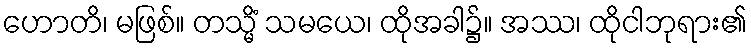
ဟောတိ၊ မဖြစ်။ တသ္မိံ သမယေ၊ ထိုအခါ၌။ အဿ၊ ထိုငါဘုရား၏